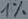
Text: 1%